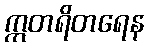
ဣတရိတရေန